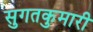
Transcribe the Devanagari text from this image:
सुगतकुमारी